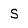
Character: S